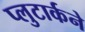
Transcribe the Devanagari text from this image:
प्लुटार्कने